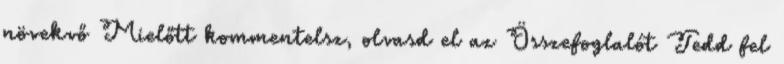
növekvő Mielőtt kommentelsz, olvasd el az Összefoglalót Tedd fel